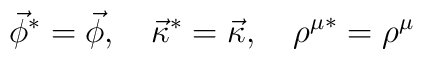
\vec\phi^*=\vec\phi,\quad\vec\kappa^*=\vec\kappa,\quad{\rho^\mu}^*=\rho^\mu